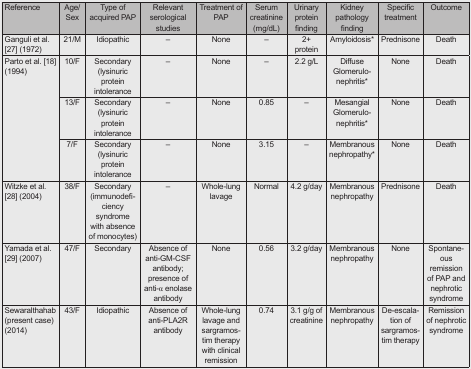
| Reference | Age/Sex | Type of acquired PAP | Relevant serological studies | Treatment of PAP | Serum creatinine (mg/dL) | Urinary protein finding | Kidney pathology finding | Specific treatment | Outcome |
 | --- | --- | --- | --- | --- | --- | --- | --- | --- | --- |
 | Ganguli et al. [27] (1972) | 21/M | Idiopathic | – | None | – | 2+ protein | Amyloidosis* | Prednisone | Death |
 | <ROWSPAN=3> Parto et al. [18] (1994) | 10/F | Secondary (lysinuric protein intolerance | – | None | – | 2.2 g/L | Diffuse Glomerulonephritis* | None | Death |
 | 13/F | Secondary (lysinuric protein intolerance | – | None | 0.85 | – | Mesangial Glomerulonephritis* | None | Death |
 | 7/F | Secondary (lysinuric protein intolerance | – | None | 3.15 | – | Membranous nephropathy* | None | Death |
 | Witzke et al. [28] (2004) | 38/F | Secondary (immunodeficiency syndrome with absence of monocytes) | – | Whole-lung lavage | Normal | 4.2 g/day | Membranous nephropathy | Prednisone | Death |
 | Yamada et al. [29] (2007) | 47/F | Secondary | Absence of anti-GM-CSF antibody; presence of anti-α enolase antibody | None | 0.56 | 3.2 g/day | Membranous nephropathy | None | Spontaneous remission of PAP and nephrotic syndrome |
 | Sewaralthahab (present case) (2014) | 43/F | Idiopathic | Absence of anti-PLA2R antibody | Whole-lung lavage and sargramostim therapy with clinical remission | 0.74 | 3.1 g/g of creatinine | Membranous nephropathy | De-escalation of sargramostim therapy | Remission of nephrotic syndrome |